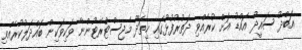
އަބްދު ސައީދު އައްޑު އަށް ކުރެއްވި ދަތުރުފުޅުގައި ހިތަދޫ މެޖިސްޓްރޭޓުންނާ ވަކިވަކިން ބައްދަލުކުރެއްވި